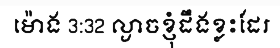
ម៉ោង 3:32 ល្ងាចខ្ញុំដឹងខ្លះដែរ